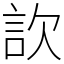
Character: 䚿